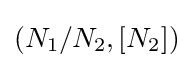
(N_{1}/N_{2},[N_{2}])